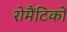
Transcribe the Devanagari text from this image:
रोमैंटिकों